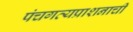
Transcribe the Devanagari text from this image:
पंचगव्यप्राशनाची